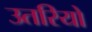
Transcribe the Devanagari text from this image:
उतरियो